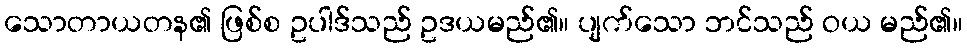
သောတာယတန၏ ဖြစ်စ ဥပါဒ်သည် ဥဒယမည်၏။ ပျက်သော ဘင်သည် ဝယ မည်၏။